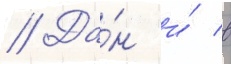
// Да́н и́ в